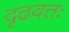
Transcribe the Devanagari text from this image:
दृढवतः